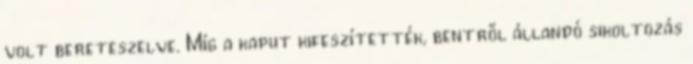
volt bereteszelve. Míg a kaput kifeszítették, bentről állandó sikoltozás